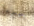
يعبروا